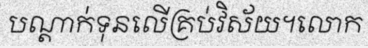
បណ្តាក់ទុនលើគ្រប់វិស័យ។លោក